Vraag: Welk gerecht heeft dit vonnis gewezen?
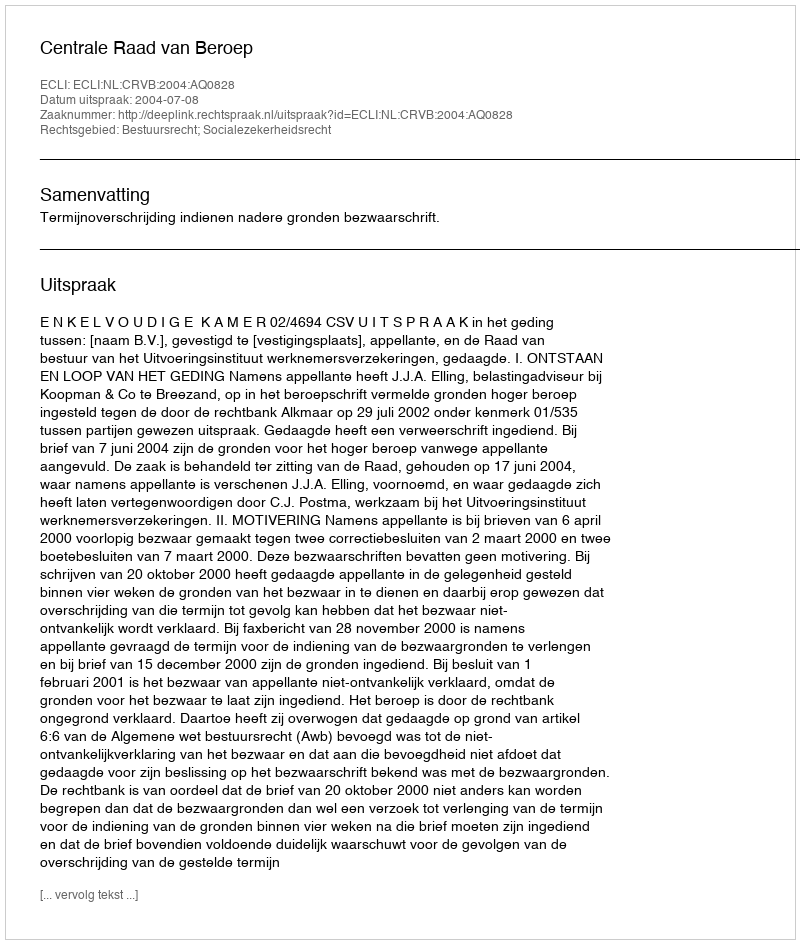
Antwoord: Centrale Raad van Beroep